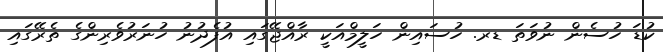
ކުޑަ ހުސެން ނުވަތަ ޑރ. ހުސައިން ހަލީމްއަކީ ރާއްޖޭގައި އުފެދުނު ހުނަރުވެރިންގެ ތެރޭގައި